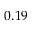
0 . 1 9